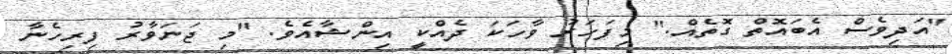
"އަދިވެސް އެބައޮތް ގޮތެއް." މިފަހަރު ވާހަކަ ދެއްކީ އިންޝާއެވެ. "މި ޖަނަވާރު ފިރިހެނާ